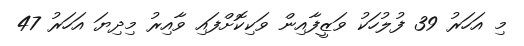
މި އަހަރު 39 ފުލުހަކު ވަޒީފާއިން ވަކިކޮށްފައި ވާއިރު މިދިޔަ އަހަރު 47